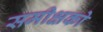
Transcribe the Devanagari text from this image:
समीक्षको